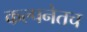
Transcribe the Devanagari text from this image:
कल्पनेतच